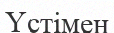
Үстімен